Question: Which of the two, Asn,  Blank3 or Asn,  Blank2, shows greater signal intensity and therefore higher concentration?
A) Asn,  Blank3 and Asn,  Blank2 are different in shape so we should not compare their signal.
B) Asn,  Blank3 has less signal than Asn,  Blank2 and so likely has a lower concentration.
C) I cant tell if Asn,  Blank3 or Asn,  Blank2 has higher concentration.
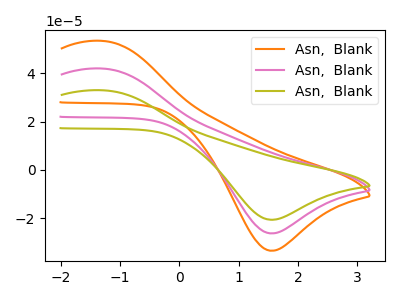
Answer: <think>The orange curve "Asn,  Blank1" has an anodic peak at (-1.30V, 84.05uA) and a cathodic peak at (1.55V, -52.75uA). The pink curve "Asn,  Blank2" has an anodic peak at (-1.30V, 42.00uA) and a cathodic peak at (1.55V, -26.35uA). The olive curve "Asn,  Blank3" has an anodic peak at (-1.30V, 33.00uA) and a cathodic peak at (1.55V, -20.70uA).
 All the peaks in "Asn,  Blank3" have a peak in "Asn,  Blank2" at the same potential. Every peak in "Asn,  Blank3" is lower than every peak in "Asn,  Blank2".</think>
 <answer>B) "Asn,  Blank3" has less signal than "Asn,  Blank2" and so likely has a lower concentration.</answer>
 <eval>B</eval>